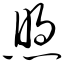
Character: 煦